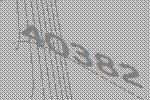
40382